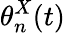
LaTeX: \theta_{n}^{X}(t)